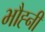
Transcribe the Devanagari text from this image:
भौह्नी